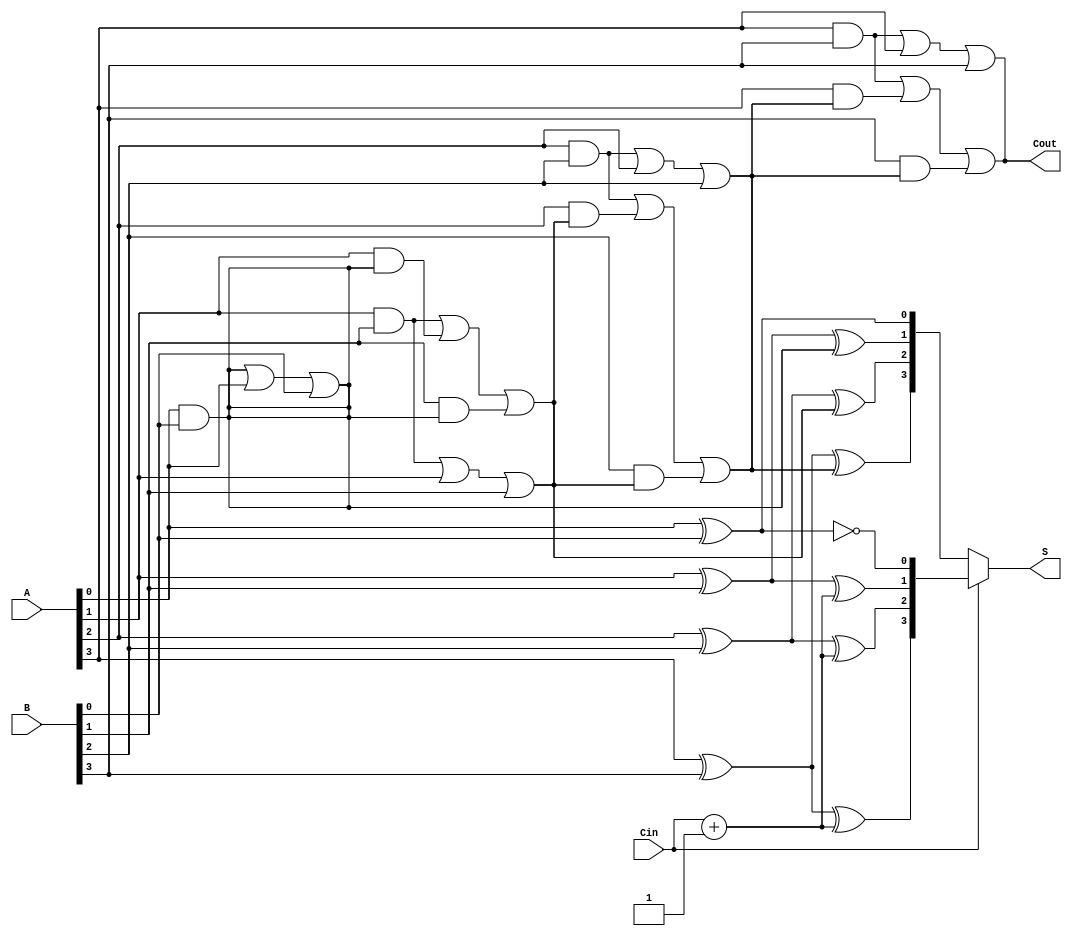
module DynamicCarrySelectAdder #(parameter N = 4) (
    input [N-1:0] A,      // First n-bit input
    input [N-1:0] B,      // Second n-bit input
    input Cin,            // Carry-in input
    output [N-1:0] S,     // n-bit sum output
    output Cout           // Carry-out output
);

    wire [N-1:0] S0;      // Sum when Cin = 0
    wire [N-1:0] S1;      // Sum when Cin = 1
    wire [N:0] C;         // Carry outputs from each segment

    // Generate sum and carry for each bit segment based on Cin = 0
    genvar i;
    generate
        for (i = 0; i < N; i = i + 1) begin : adders
            if (i == 0) begin
                // Full adder for the least significant bit
                assign S0[i] = A[i] ^ B[i] ^ 0; // Cin = 0
                assign C[i+1] = (A[i] & B[i]) | (A[i] & 0) | (B[i] & 0);
                
                assign S1[i] = A[i] ^ B[i] ^ 1; // Cin = 1
                assign C[i+1] = (A[i] & B[i]) | (A[i] & 1) | (B[i] & 1);
            end else begin
                // Full adder for the other bits
                assign S0[i] = A[i] ^ B[i] ^ C[i]; // Cin determined by previous carry
                assign C[i+1] = (A[i] & B[i]) | (A[i] & C[i]) | (B[i] & C[i]);
                
                assign S1[i] = A[i] ^ B[i] ^ (Cin + 1); // Cin = 1
                assign C[i+1] = (A[i] & B[i]) | (A[i] & 1) | (B[i] & 1);
            end
        end
    endgenerate

    // Select the sum based on the carry-in (Cin)
    assign S = (Cin) ? S1 : S0;

    // Determine the final carry-out
    assign Cout = C[N];

endmodule